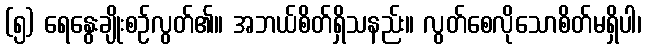
(၅) ရေနွေးချိုးစဉ်လွတ်၏။ အဘယ်စိတ်ရှိသနည်း။ လွတ်စေလိုသောစိတ်မရှိပါ၊